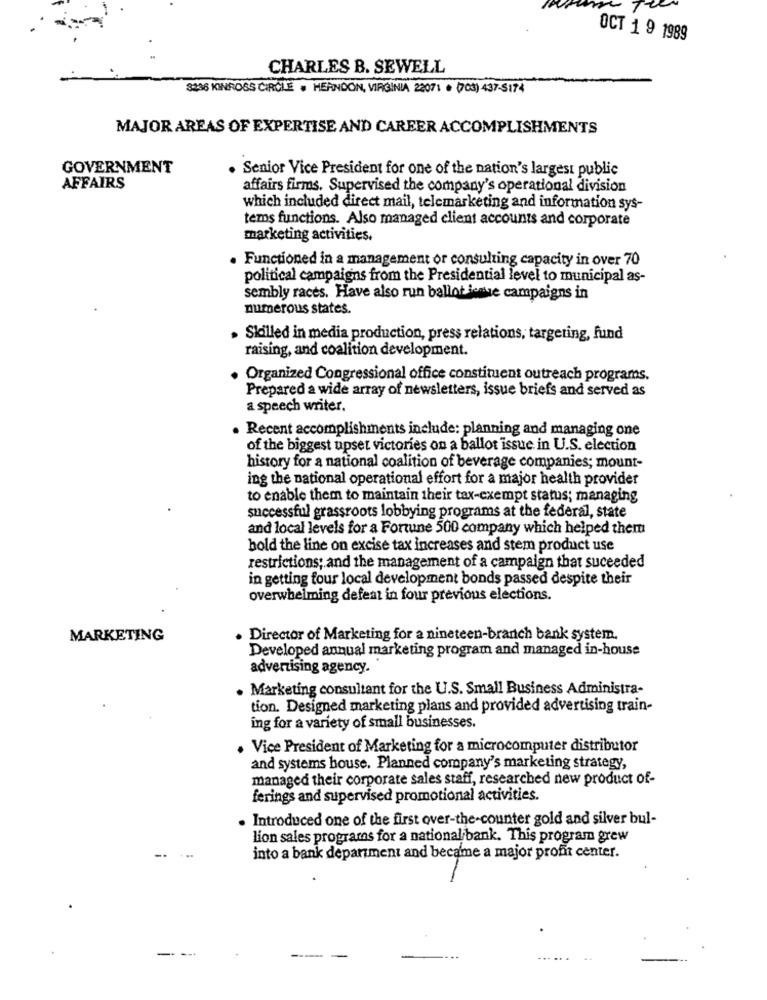
OCT 1 9 1989
CHARLES B. SEWELL
8236 KINROSS CIRCLE . HERNDON, VIRGINIA 22071 · (703) 437-5174
MAJOR AREAS OF EXPERTISE AND CAREER ACCOMPLISHMENTS
GOVERNMENT
Senior Vice President for one of the nation's largest public
AFFAIRS
affairs firms. Supervised the company's operational division
which included direct mail, telemarketing and information sys-
tems functions. Also managed client accounts and corporate
marketing activities.
. Functioned in a management or consulting capacity in over 70
political campaigns from the Presidential level to municipal as-
sembly races. Have also run ballot jente campaigns in
numerous states.
· Skilled in media production, press relations, targeting, fund
raising, and coalition development.
Organized Congressional office constituent outreach programs.
Prepared a wide array of newsletters, issue briefs and served as
a speech writer.
. Recent accomplishments include: planning and managing one
of the biggest upset victories on a ballot issue in U.S. election
history for a national coalition of beverage companies; mount-
ing the national operational effort for a major health provider
to enable them to maintain their tax-exempt status; managing
successful grassroots lobbying programs at the federal, state
and local levels for a Fortune 500 company which helped them
hold the line on excise tax increases and stem product use
restrictions; and the management of a campaign that suceeded
in getting four local development bonds passed despite their
overwhelming defeat in four previous elections.
MARKETING
· Director of Marketing for a nineteen-branch bank system.
Developed annual marketing program and managed in-house
advertising agency.
Marketing consultant for the U.S. Small Business Administra-
tion. Designed marketing plans and provided advertising train-
ing for a variety of small businesses.
Vice President of Marketing for a microcomputer distributor
and systems house. Planned company's marketing strategy,
managed their corporate sales staff, researched new product of-
ferings and supervised promotional activities.
· Introduced one of the first over-the-counter gold and silver bul-
lion sales programs for a national bank. This program grew
into a bank department and became a major profit center.
---